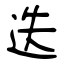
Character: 迭